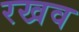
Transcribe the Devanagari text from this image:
रखव